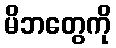
မိဘတွေကို